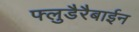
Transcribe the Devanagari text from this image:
फ्लुडैरैबाईन